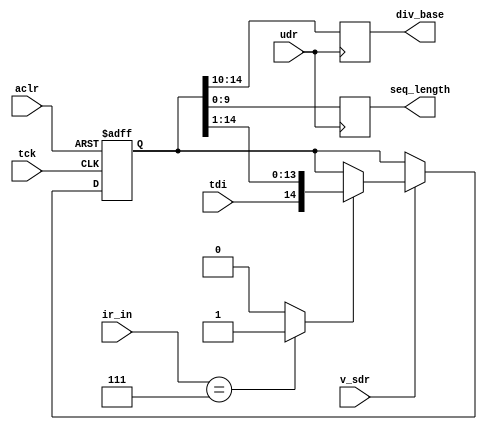
//	DE0_DIGITAL_AUTO
// Digital Control Pattern Generation 
//	On Terasic DE0 Platform
// (C) 2012 TYLEE @ RFVLSI LAB, NCTU
// All Rights Reserved.

module seq_length (
	input tck, 
	input tdi, 
	input aclr,
	input [2:0]ir_in,
	input v_sdr, 
	output reg [9:0]seq_length, 
	output reg [4:0]div_base, 
	input udr
);

reg DR0_bypass_reg; // Safeguard in case bad IR is sent through JTAG 
reg [14:0] DR1; // Date, time and revision DR.  We could make separate Data Registers for each one, but

wire ir_SEQ = (ir_in==3'b111)?1'b1:1'b0; 

always @ (posedge tck or posedge aclr)
begin
	if (aclr)
	begin
		DR0_bypass_reg <= 1'b0;
		DR1 <= 15'b0;		
	end
	else
	begin
		DR0_bypass_reg <= tdi; //Update the Bypass Register Just in case the incoming data is not sent to DR1
		
		if ( v_sdr )  // VJI is in Shift DR state
			if (ir_SEQ) //ir_in has been set to choose DR1
				DR1 <= {tdi, DR1[14:1]}; // Shifting in (and out) the data			
	end
end
			
		
//The udr signal will assert when the data has been transmitted and it's time to Update the DR
//  so copy it to the Output LED register. 
//  Note that connecting the LED's to the DR1 register will cause an unwanted behavior as data is shifted through it
always @(posedge udr)
begin
	seq_length <= DR1[9:0];
	div_base <= DR1[14:10];
end

endmodule